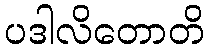
ပဒါလိတောတိ